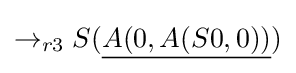
\rightarrow _{r3}S({\underline {A(0,A(S0,0))}})